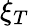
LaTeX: \xi_{T}